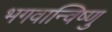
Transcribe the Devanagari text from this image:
भगवान्विष्णु